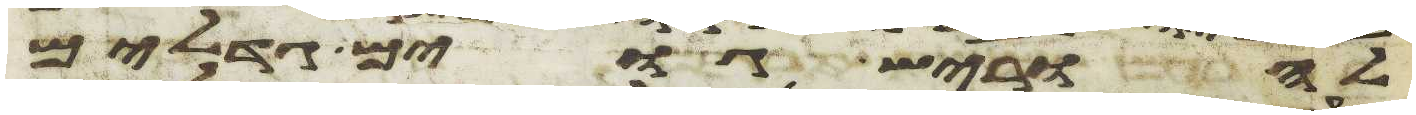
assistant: להוריש גוים גדלים